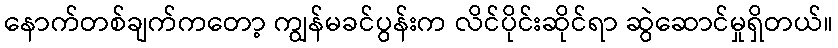
နောက်တစ်ချက်ကတော့ ကျွန်မခင်ပွန်းက လိင်ပိုင်းဆိုင်ရာ ဆွဲဆောင်မှုရှိတယ်။